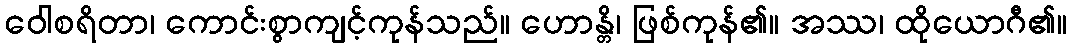
ဝေါစရိတာ၊ ကောင်းစွာကျင့်ကုန်သည်။ ဟောန္တိ၊ ဖြစ်ကုန်၏။ အဿ၊ ထိုယောဂီ၏။